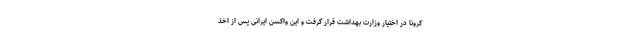
کرونا در اختیار وزارت بهداشت قرار گرفت و این واکسن ایرانی پس از اخذ